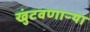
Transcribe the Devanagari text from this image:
खुंटवणाऱ्या